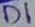
Text: D1